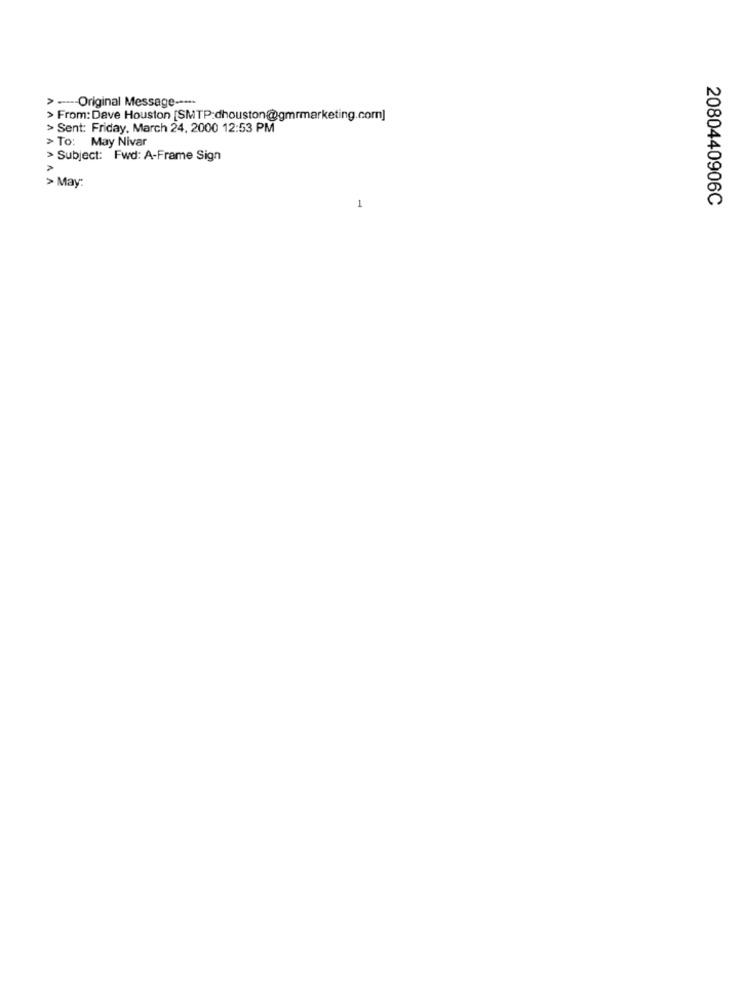
> ----- Original Message ----
> From: Dave Houston [SMTP:dhouston@gmrmarketing.com]
> Sent: Friday, March 24, 2000 12:53 PM
> To: May Nivar
> Subject: Fwd: A-Frame Sign
> May:
2080440906C
1